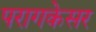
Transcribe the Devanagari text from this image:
परागकेसर